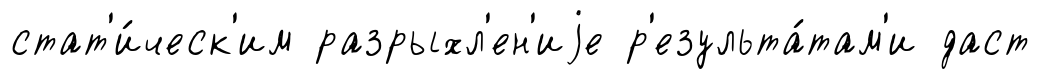
стат'и́ческ'им разрыхл'ен'иjе р'езульта́там'и даст